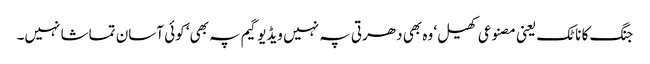
جنگ کا ناٹک یعنی مصنوعی کھیل‘ وہ بھی دھرتی پہ نہیں ویڈیو گیم پہ بھی‘ کوئی آسان تماشا نہیں۔